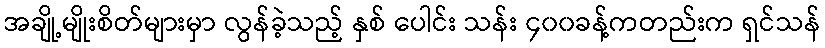
အချို့မျိုးစိတ်များမှာ လွန်ခဲ့သည့် နှစ် ပေါင်း သန်း ၄၀၀ခန့်ကတည်းက ရှင်သန်